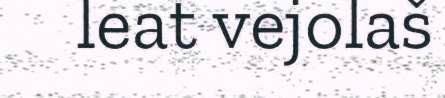
leat vejolaš